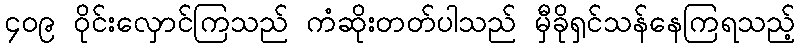
၄၀၉ ဝိုင်းလှောင်ကြသည် ကံဆိုးတတ်ပါသည် မှီခိုရှင်သန်နေကြရသည့်